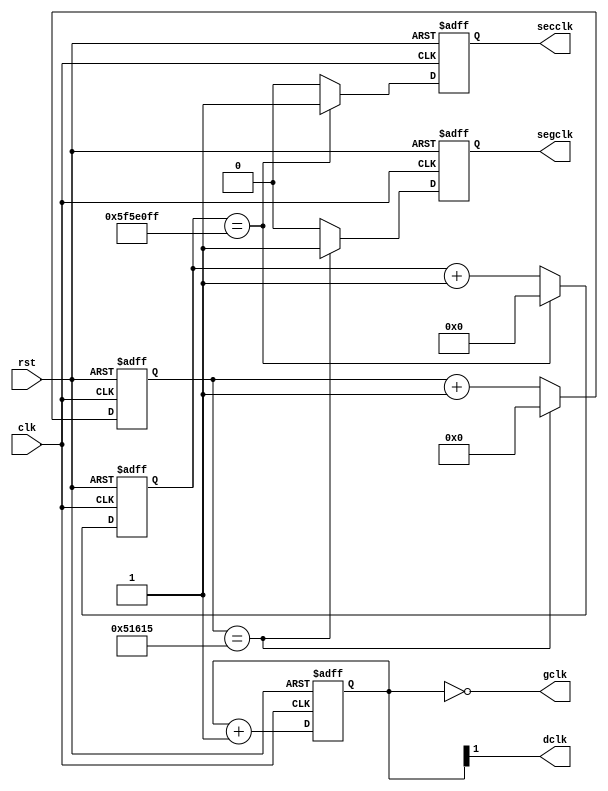
`timescale 1ns / 1ps
module clockdiv(input clk, input rst, output gclk, output reg segclk,
	output dclk, output reg secclk);

	reg[23:0] counter;
	reg[26:0] counter_1Hz;
	reg[18:0] counter_300Hz;
	always @(posedge clk or posedge rst) begin
		if (rst) begin
			counter <= 0;
			counter_1Hz <= 0;
			counter_300Hz <= 0;
			secclk <= 0;
			segclk <= 0;
		end
		else begin
			counter <= counter + 1;
			if (counter_1Hz == 99_999_999) begin
				counter_1Hz <= 0;
				secclk <= 1;
			end
			else begin
				counter_1Hz <= counter_1Hz + 1;
				secclk <= 0;
			end
			if (counter_300Hz == 333_333) begin
				counter_300Hz <= 0;
				segclk <= 1;
			end
			else begin
				counter_300Hz <= counter_300Hz + 1;
				segclk <= 0;
			end
		end
	end

	// 100 Mhz / 2^24 = 5.96 Hz
	assign gclk = counter == 0;

	// 100 MHz / 2^2 = 25 MHz (50% duty cycle)
	assign dclk = counter[1];

endmodule